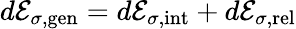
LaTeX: d{\cal E}_{\sigma,\mathrm{gen}}=d{\cal E}_{\sigma,\mathrm{int}}+d{\cal E}_{\sigma,\mathrm{rel}}